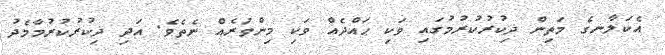
އެކަލާނގެ މަތިން ޛިކުރުކުރުމުގައި ވަކި ޙައްދެއް ވަކި މިންވަރެއް ނެތެވެ. އަދި ޛިކުރުކުރުމާމެދު